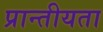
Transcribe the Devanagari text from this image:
प्रान्तीयता